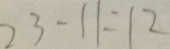
2 3 - 1 1 = 1 2